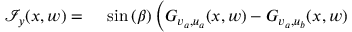
\begin{array} { r l } { \mathcal { I } _ { y } ( x , w ) = { } } & { { } \sin { ( \beta ) } \left( G _ { v _ { a } , u _ { a } } ( x , w ) - G _ { v _ { a } , u _ { b } } ( x , w ) \right. } \end{array}